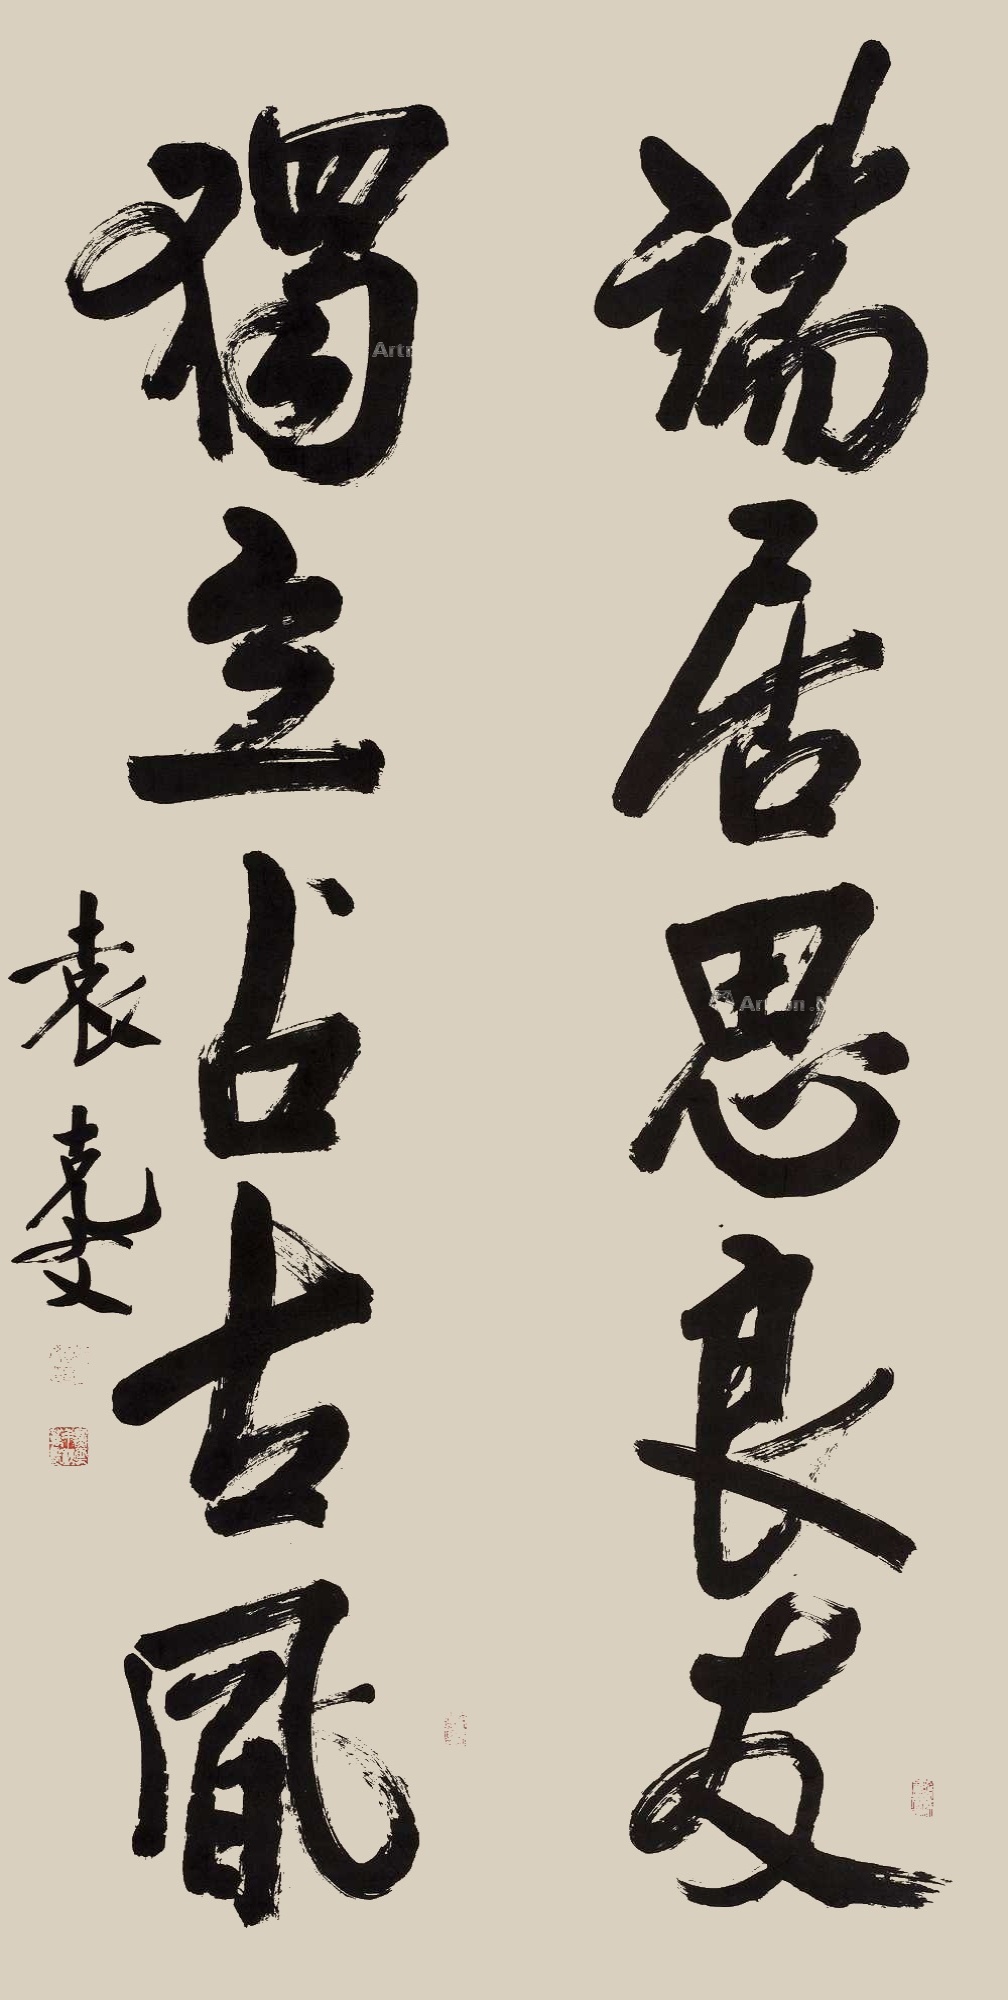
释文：端居思良友，独立占古风。袁克文。